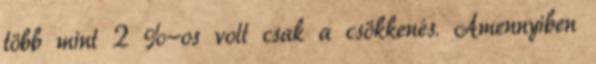
több mint 2 %-os volt csak a csökkenés. Amennyiben